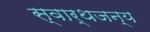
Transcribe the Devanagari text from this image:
स्वार्थजन्य